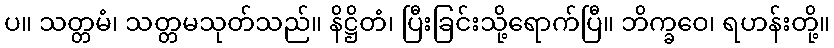
ပ။ သတ္တမံ၊ သတ္တမသုတ်သည်။ နိဋ္ဌိတံ၊ ပြီးခြင်းသို့ရောက်ပြီ။ ဘိက္ခဝေ၊ ရဟန်းတို့။